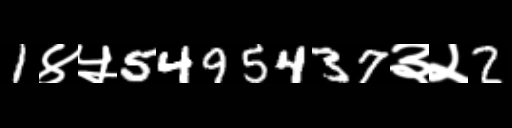
Text: 1४५5495437३२2